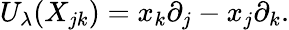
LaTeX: U_{\lambda}(X_{jk})=x_{k}\partial_{j}-x_{j}\partial_{k}.